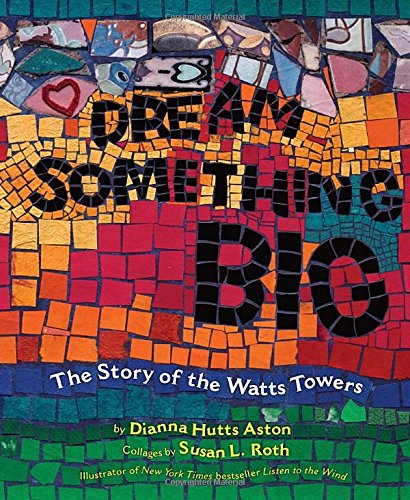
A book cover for Dream Something Big; Dianna Hutts Aston; Children's Books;